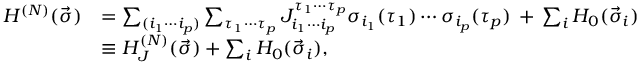
\begin{array} { r l } { H ^ { ( N ) } ( \vec { \sigma } ) } & { = \sum _ { ( i _ { 1 } \cdots i _ { p } ) } \sum _ { \tau _ { 1 } \cdots \tau _ { p } } J _ { i _ { 1 } \cdots i _ { p } } ^ { \tau _ { 1 } \cdots \tau _ { p } } \sigma _ { i _ { 1 } } ( \tau _ { 1 } ) \cdots \sigma _ { i _ { p } } ( \tau _ { p } ) \, + \, \sum _ { i } H _ { 0 } ( \vec { \sigma } _ { i } ) } \\ & { \equiv H _ { J } ^ { ( N ) } ( \vec { \sigma } ) + \sum _ { i } H _ { 0 } ( \vec { \sigma } _ { i } ) , } \end{array}